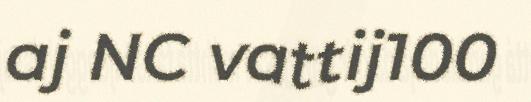
aj NC vattij100